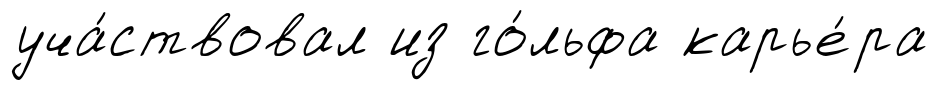
уча́ствовал из го́льфа карье́ра